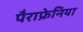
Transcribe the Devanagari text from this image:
पैराफ्रेनिया